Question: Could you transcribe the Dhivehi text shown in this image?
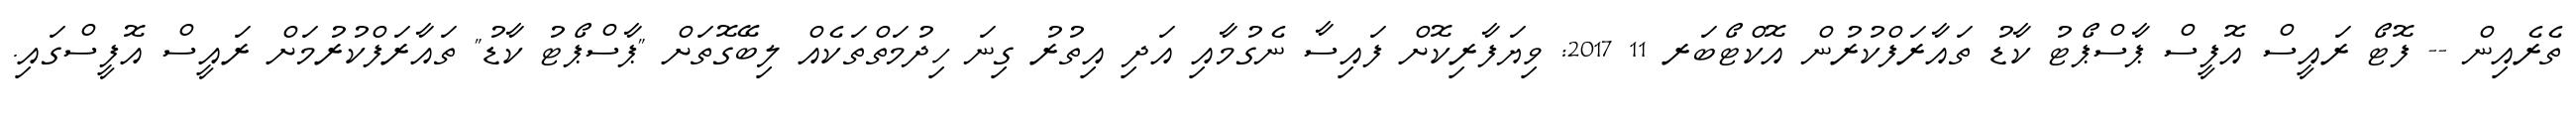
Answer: ތެރެއިން -- ފޮޓޯ ރައީސް އޮފީސް ޕާސްޕޯޓު ކާޑު ތައާރަފްކުރުން އޮކްޓޯބަރ 11 2017: ވިޔަފާރިކޮށް ފައިސާ ނެގުމާއި އަދި އިތުރު ގިނަ ހިދުމަތްތަކެއް ލިބޭގޮތަށް "ޕާސްޕޯޓު ކާޑު" ތައާރަފްކުރުމަށް ރައީސް އޮފީސްގައި.